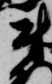
尉